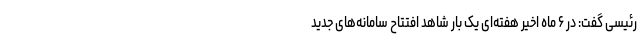
رئیسی گفت: در ۶ ماه اخیر هفته‌ای یک بار شاهد افتتاح سامانه‌های جدید